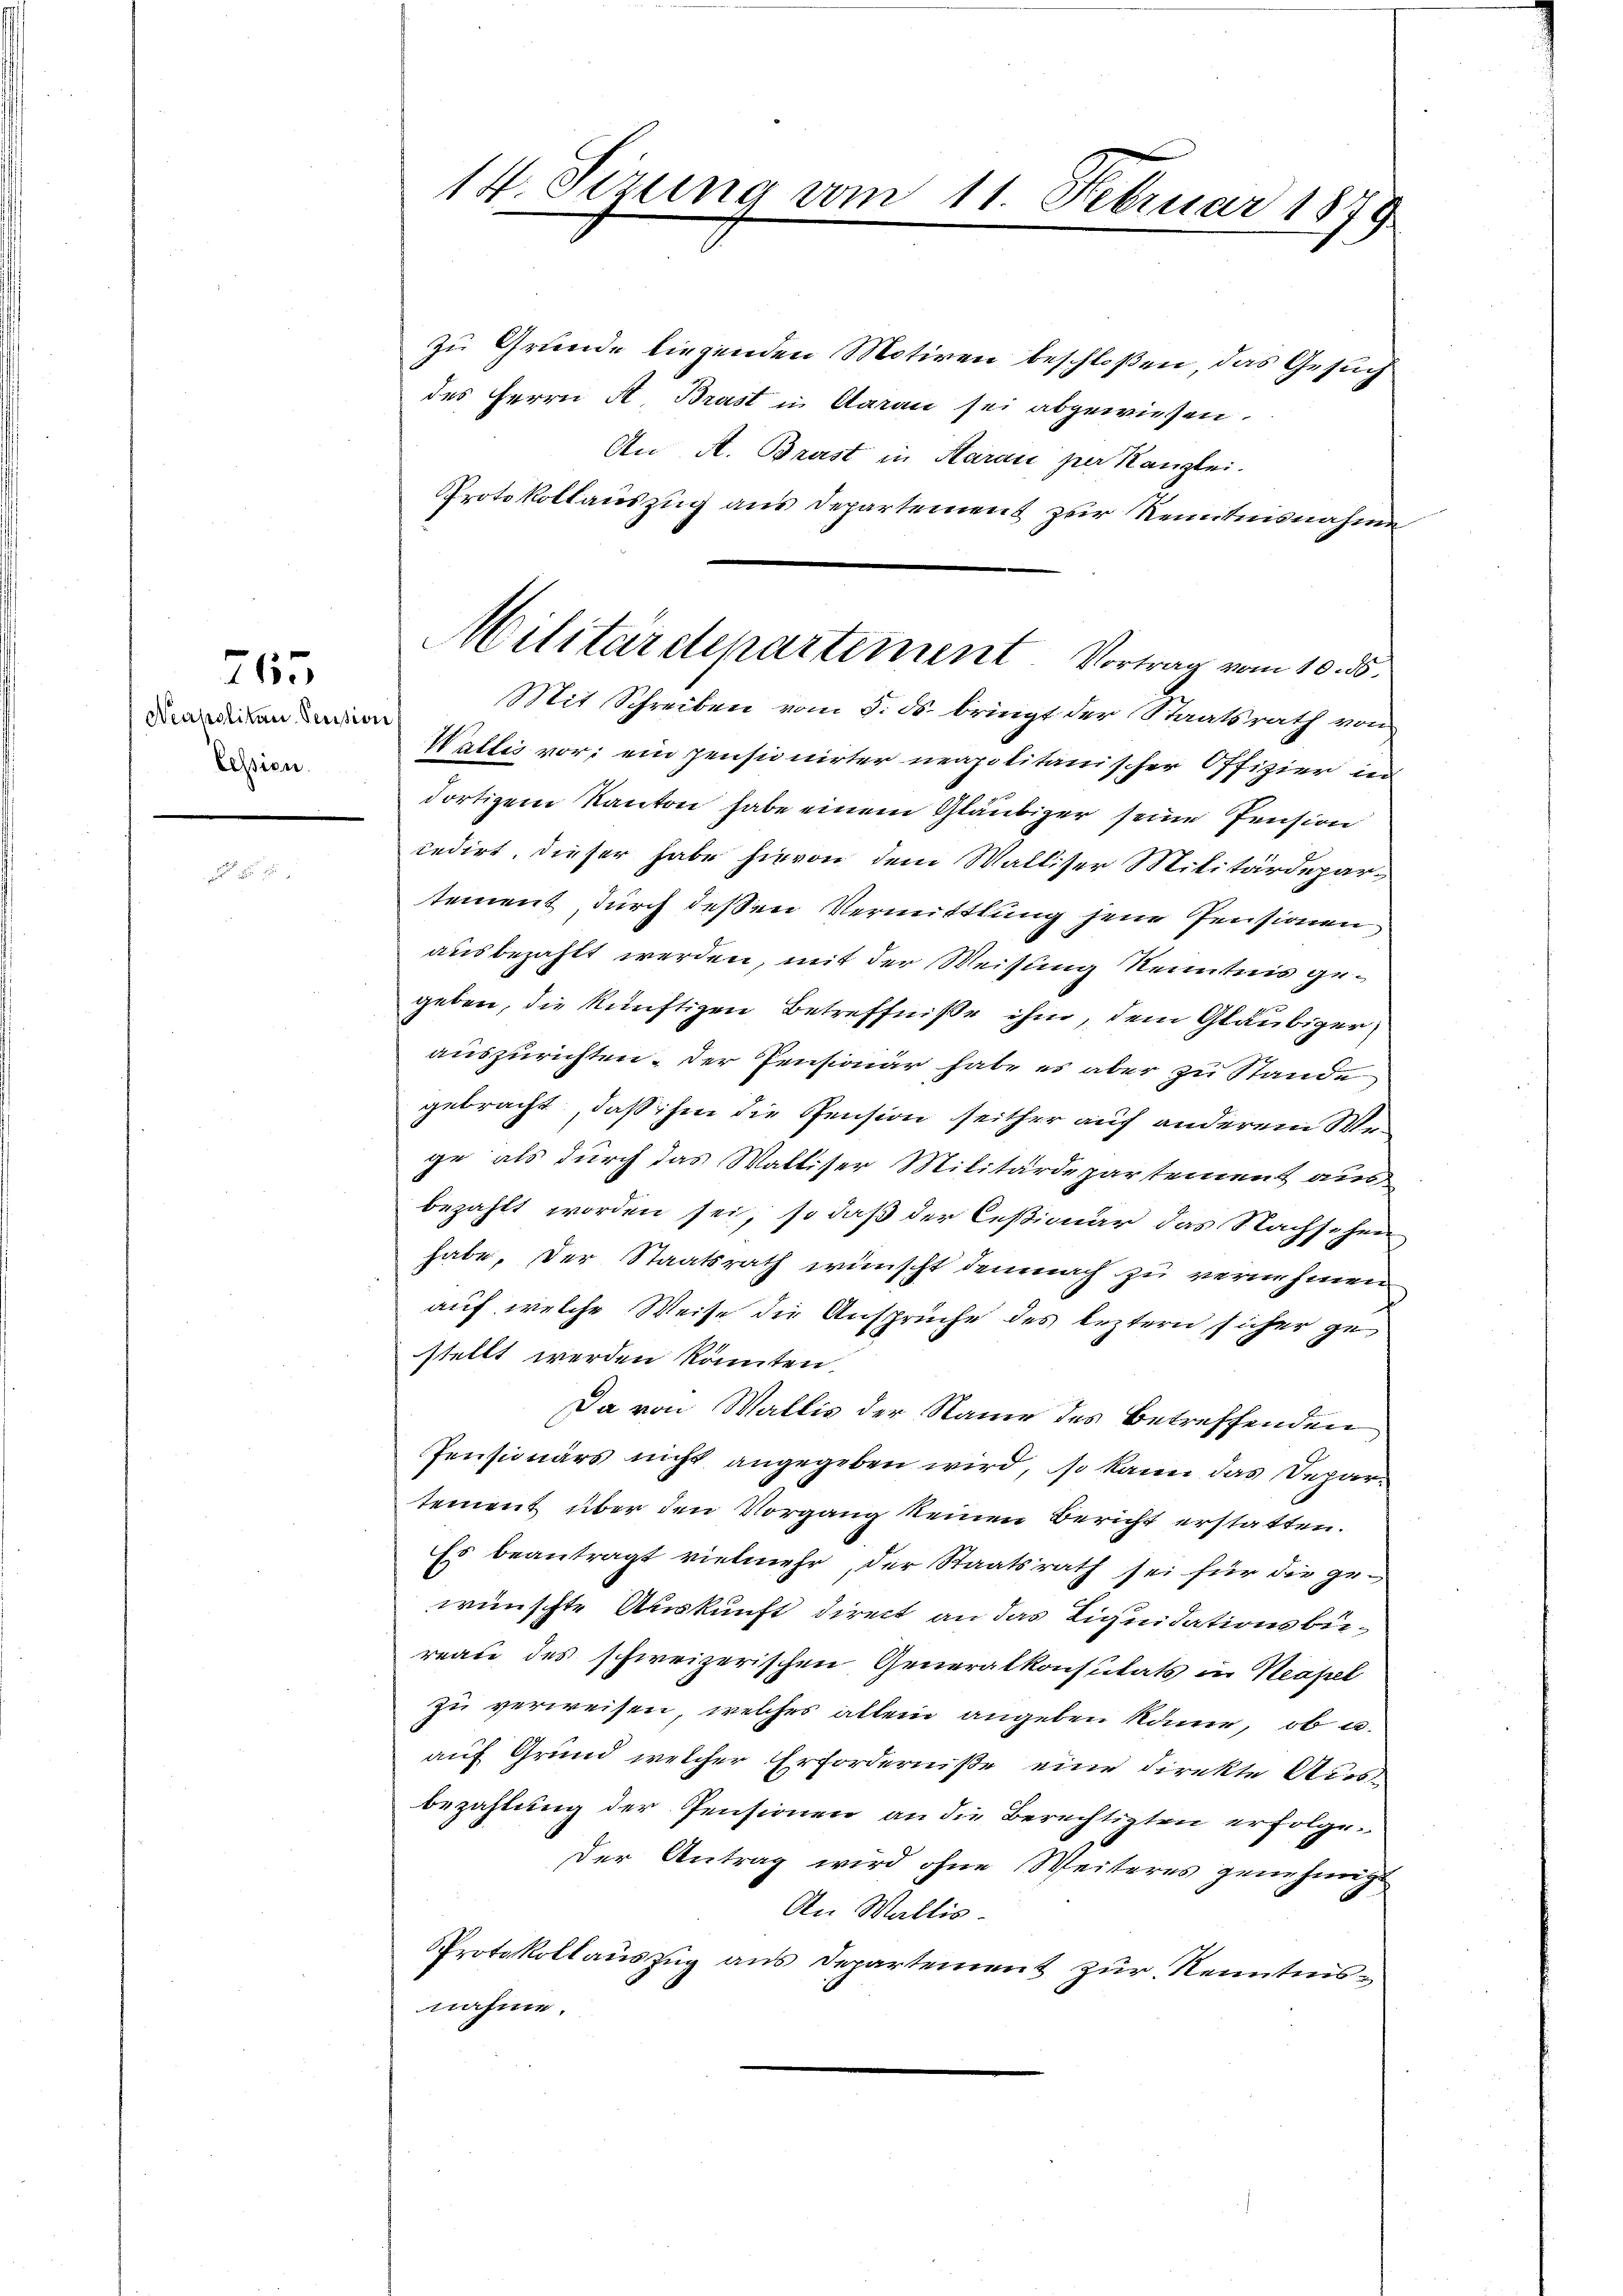
Neupolitar Secision
Cession.

2157

14. Sizung vom 11. Februar 1879

zu Grunde liegenden Motiven beschloßen, das Gesuch
des Herrn A. Brast in Aarau sei abgewiesen.
An A. Brust in Aarau per Kanzlei.
Protokollauszug aus Departement zur Kenntnisnahmen
Mit Schreiben vom 5. ds. bringt der Staatsrath von
Wallis vor; ein pensionirter neapolitanischer Offizier in
dortigem Kanton habe einem Gläubiger seine Pension
cedirt, dieser habe hievon dem Walliser Militärdepartement, durch deßen Vermittlung jene Pensionen
ausbezahlt werden, mit der Weisung Kenntnis gegeben, die künftigen Betreffniße ihm, dem Gläubiger
auszurichten. Der Pensionär habe es aber zu Stande
gebracht, daß ihm die Pension seither auf anderem Wege als durch das Walliser Militärdepartement aus
bezahlt worden sei, so daß der Ceßionar das Nachschen
habe, der Staatsrath wünscht demnach zu vernehmen,
auf welche Weise die Ansprüche des leztern sicher gestellt werden könnten.
Da von Wallis der Name des betreffenden
Pensionärs nicht angegeben wird, so kann das Departement über den Vorgang keinen Bericht erstatten.
Es beantragt vielmehr, der Staatsrath sei für die gewünschte Auskunft direct an das Liquidationsbüreale des schweizerischen Generalkonsulats in Neapel
zu verweisen, welches allein angeben könne, ob u.
auf Grund welcher Erforderniße eine direkte Ausbezahlung der Pensionen an die Berechtigten erfolge¬
Der Antrag wird ohne Weiteres genehmigt
An Wallis.
Protokollauszug aus Departement zur Kenntnisnahme.

Militärdepartement. Vortrag vom 10. ds.